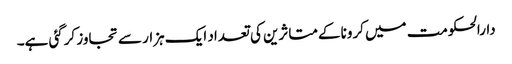
دارالحکومت میں کرونا کےمتاثرین کی تعداد ایک ہزار سے تجاوز کرگئی ہے۔